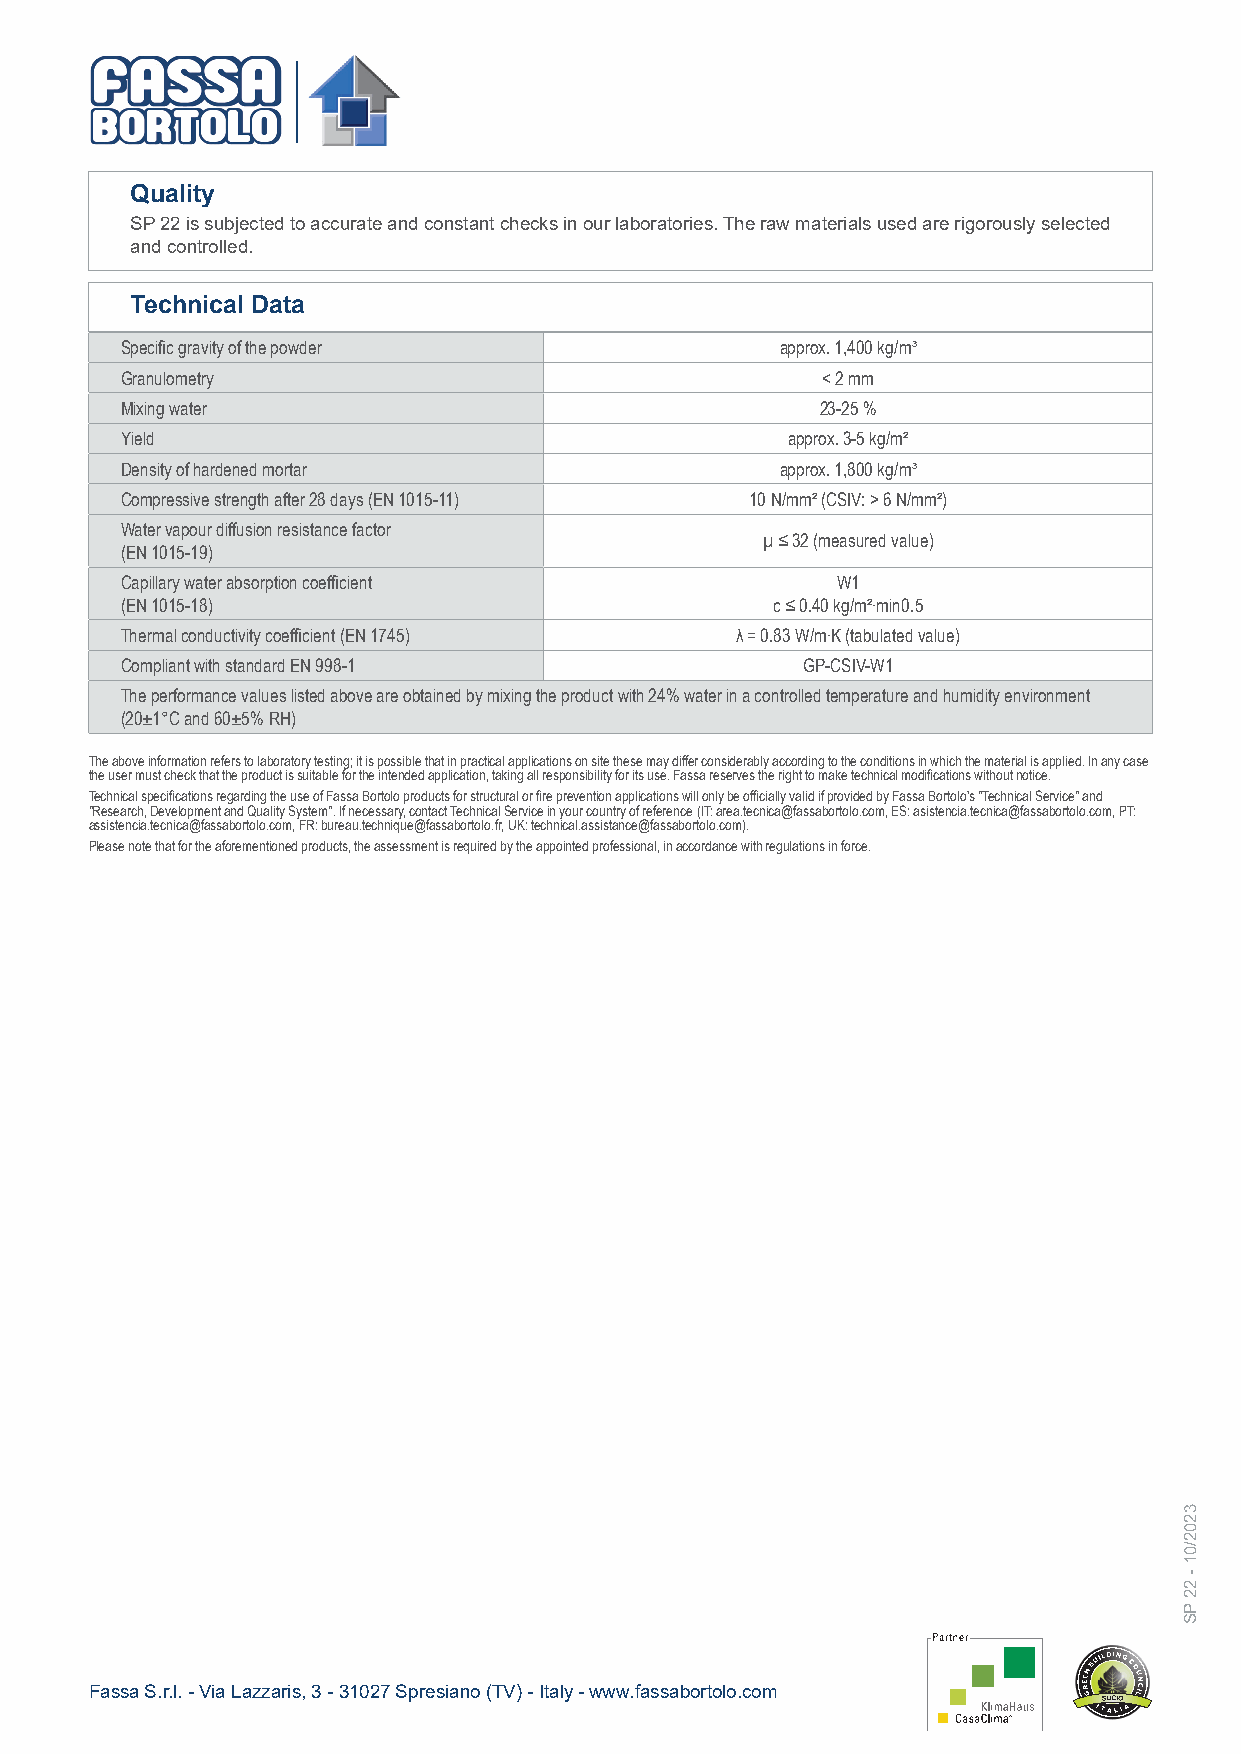
Quality
 SP 22 is subjected to accurate and constant checks in our laboratories. The raw materials used are rigorously selected
 and controlled.
 Technical Data
 Specific gravity of the powder              approx. 1,400 kg/m³
 Granulometry                                  < 2 mm
 Mixing water                                  23-25 %
 Yield                                       approx. 3-5 kg/m²
 Density of hardened mortar                  approx. 1,800 kg/m³
 Compressive strength after 28 days (EN 1015-11) 10 N/mm² (CSIV: > 6 N/mm²)
 Water vapour diffusion resistance factor
 µ ≤ 32 (measured value)
 (EN 1015-19)
 Capillary water absorption coefficient         W1
 (EN 1015-18)                               c ≤ 0.40 kg/m²∙min0.5
 Thermal conductivity coefficient (EN 1745) λ = 0.83 W/m∙K (tabulated value)
 Compliant with standard EN 998-1             GP-CSIV-W1
 The performance values listed above are obtained by mixing the product with 24% water in a controlled temperature and humidity environment
 (20±1°C and 60±5% RH)
 The above information refers to laboratory testing; it is possible that in practical applications on site these may differ considerably according to the conditions in which the material is applied. In any case
 the user must check that the product is suitable for the intended application, taking all responsibility for its use. Fassa reserves the right to make technical modifications without notice.
 Technical specifications regarding the use of Fassa Bortolo products for structural or fire prevention applications will only be officially valid if provided by Fassa Bortolo's "Technical Service" and
 "Research, Development and Quality System". If necessary, contact Technical Service in your country of reference (IT: area.tecnica@fassabortolo.com, ES: asistencia.tecnica@fassabortolo.com, PT:
 assistencia.tecnica@fassabortolo.com, FR: bureau.technique@fassabortolo.fr, UK: technical.assistance@fassabortolo.com).
 Please note that for the aforementioned products, the assessment is required by the appointed professional, in accordance with regulations in force.
 Fassa S.r.l. - Via Lazzaris, 3 - 31027 Spresiano (TV) - Italy - www.fassabortolo.com
 3202/01
 -
 22
 PS